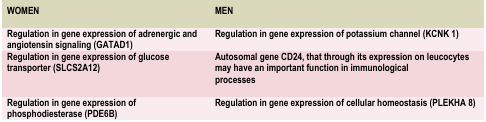
<table><thead><tr><td><b>WOMEN</b></td><td><b>MEN</b></td></tr></thead><tbody><tr><td><b>Regulation in gene expression of adrenergic and angiotensin signaling (GATAD1)</b></td><td><b>Regulation in gene expression of potassium channel (KCNK 1)</b></td></tr><tr><td><b>Regulation in gene expression of glucose transporter (SLCS2A12) </b></td><td><b>Autosomal gene CD24, that through its expression on leucocytes may have an important function in immunologicalprocesses </b></td></tr><tr><td><b>Regulation in gene expression of phosphodiesterase (PDE6B) </b></td><td><b>Regulation in gene expression of cellular homeostasis (PLEKHA 8)</b></td></tr></tbody></table>